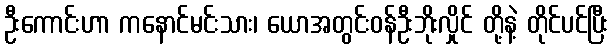
ဦးကောင်းဟာ ကနောင်မင်းသား၊ ယောအတွင်းဝန်ဦးဘိုးလှိုင် တို့နဲ့ တိုင်ပင်ပြီး